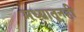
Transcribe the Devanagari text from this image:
मध्यातूनही